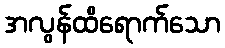
အလွန်ထိရောက်သော